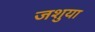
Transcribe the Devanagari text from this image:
जशुया